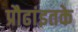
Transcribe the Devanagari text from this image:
प्रौढांइतके